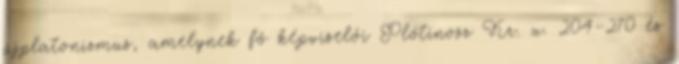
újplatonizmus, amelynek fő képviselői Plótinosz Kr. u. 204–270 és